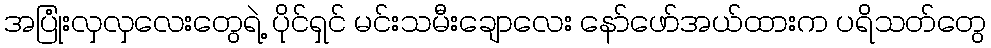
အပြုံးလှလှလေးတွေရဲ့ ပိုင်ရှင် မင်းသမီးချောလေး နော်ဖော်အယ်ထားက ပရိသတ်တွေ